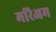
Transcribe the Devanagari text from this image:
मरिअम